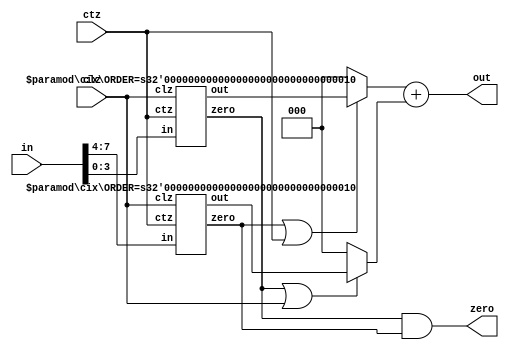
module cix #(
	parameter ORDER = 3
)(
	input clz, ctz,
	input [W-1:0] in, output [ORDER:0] out, output zero
);
	localparam W = 2 ** ORDER;

	generate
		if (ORDER == 0) begin
			assign out  = ~in;
			assign zero = ~in;
		end
		else begin
			wire [ORDER-1:0] lo, ho, a, b;
			wire lz, hz;

			cix #(ORDER-1) l (clz, ctz, in[W/2-1:0], lo, lz);
			cix #(ORDER-1) h (clz, ctz, in[W-1:W/2], ho, hz);

			assign a = (hz | ctz) ? lo : 0;
			assign b = (lz | clz) ? ho : 0;

			assign out  = a  + b;
			assign zero = lz & hz;
		end
	endgenerate
endmodule